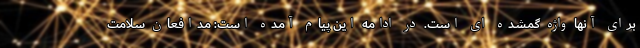
برای آنها واژه گمشده ای است. در ادامه این پیام آمده است: مدافعان سلامت